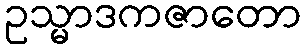
ဥသ္မာဒကဇာတော